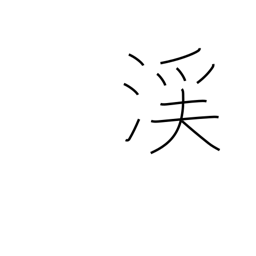
Meaning: valley